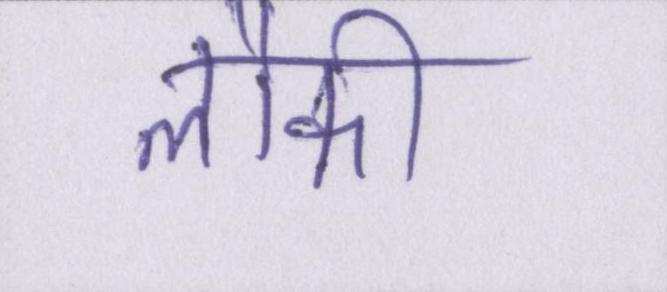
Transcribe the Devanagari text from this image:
लौकी